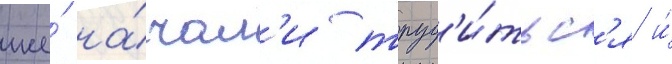
же́ на́чал'и труд'и́тьс'я и́